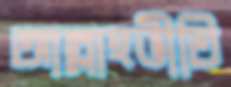
আল্লাহভীতি